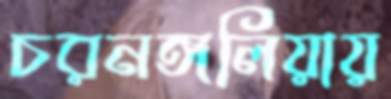
চরনঙ্গলিয়ায়